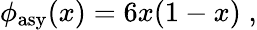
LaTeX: \phi_{\mathrm{asy}}(x)=6x(1-x)\; ,